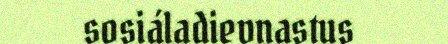
sosiáladievnastus